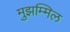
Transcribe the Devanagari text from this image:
मुझम्मिल